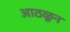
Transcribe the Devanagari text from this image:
आठळून